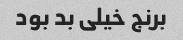
برنج خیلی بد بود